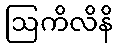
ဩကိလိနိ